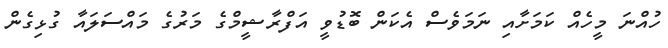
ހުއްނަ މީހެއް ކަމަށާއި ނަމަވެސް އެކަން ބޮޑުވީ އަފްރާޝީމްގެ މަރުގެ މައްސަލައާ ގުޅިގެން